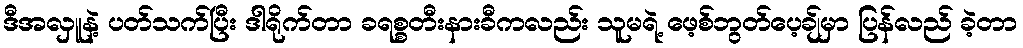
ဒီအလှူနဲ့ ပတ်သက်ပြီး ဒါရိုက်တာ ခရစ္စတီးနားခီကလည်း သူမရဲ့ ဖေ့စ်ဘွတ်ပေ့ချ်မှာ ပြန်လည် ခဲ့တာ